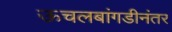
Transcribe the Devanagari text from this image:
ऊचलबांगडीनंतर